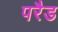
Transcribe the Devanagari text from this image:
परैड